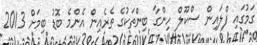
ގަމުގައި ފްލައިން ސްކޫލް ހިންގާ ބިންތަކުގެ ތެރެއިން އެންމެ ބޮޑު ބިމަށް 2013